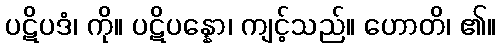
ပဋိပဒံ၊ ကို။ ပဋိပန္နော၊ ကျင့်သည်။ ဟောတိ၊ ၏။